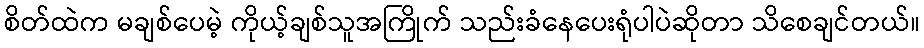
စိတ်ထဲက မချစ်ပေမဲ့ ကိုယ့်ချစ်သူအကြိုက် သည်းခံနေပေးရုံပါပဲဆိုတာ သိစေချင်တယ်။